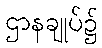
ဌာနချုပ်၌